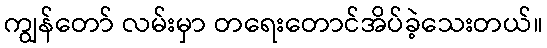
ကျွန်တော် လမ်းမှာ တရေးတောင်အိပ်ခဲ့သေးတယ်။